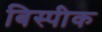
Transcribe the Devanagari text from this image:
बिस्पीक